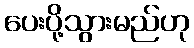
ပေးပို့သွားမည်ဟု